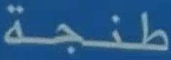
طنجة